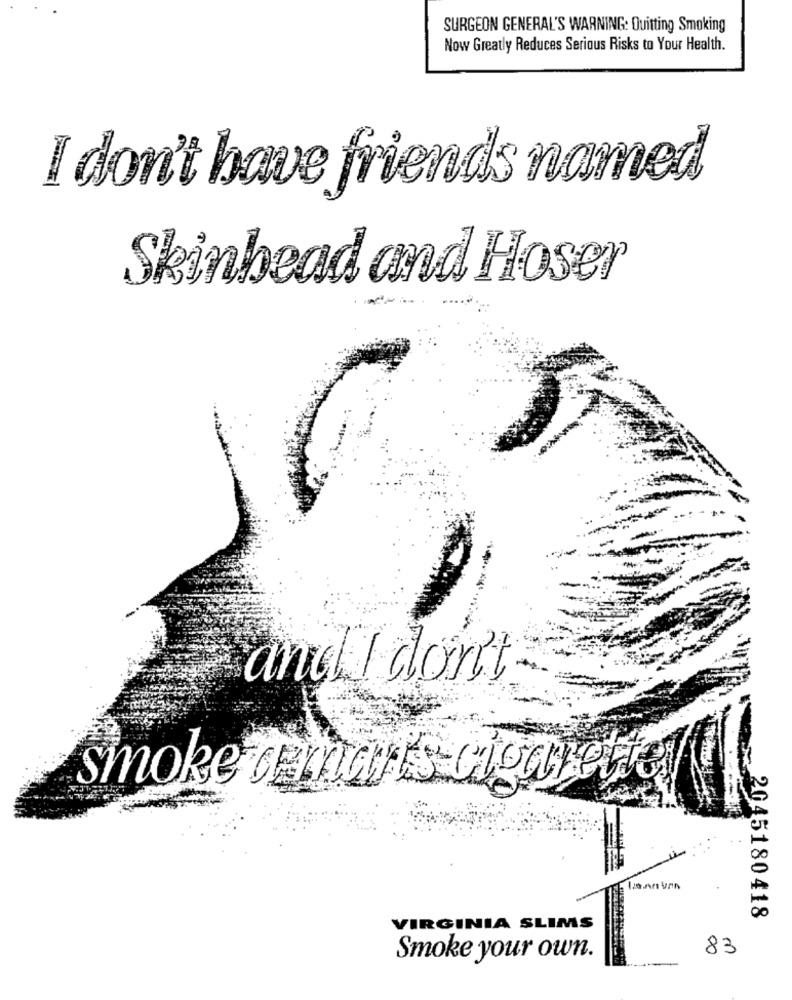
SURGEON GENERAL'S WARNING: Quitting Smoking
Now Greatly Reduces Serious Risks to Your Health.
I don't have friends named
Skinhead and Hoser
and I don't
smoke a man's cigarette
2045180418
VIRGINIA SLIMS
83
Smoke your own.